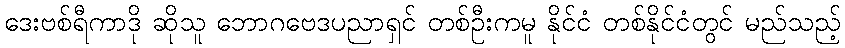
ဒေးဗစ်ရီကာဒို ဆိုသူ ဘောဂဗေဒပညာရှင် တစ်ဦးကမူ နိုင်ငံ တစ်နိုင်ငံတွင် မည်သည့်